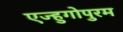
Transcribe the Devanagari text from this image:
एज्हुगोपुरम